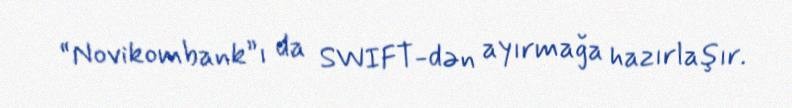
“Novikombank”ı da SWIFT-dən ayırmağa hazırlaşır.